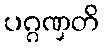
ပဂ္ဂဏှတိ